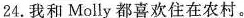
24.我和 Molly 都喜欢住在农村。